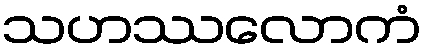
သဟဿလောကံ